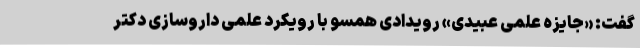
گفت: «جایزه علمی عبیدی» رویدادی همسو با رویکرد علمی داروسازی دکتر